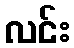
လင်း